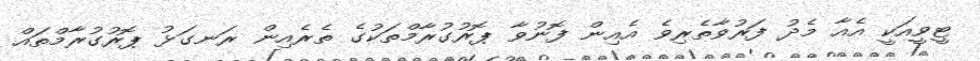
ޓީވީއަކީ އެއާ މެދު ފަރުވާތެރިވެ އެއިން ފޮނުވާ ޕޮރުގުރާމްތަކުގެ ތެރެއިން ރަނގަޅު ޕޮރުގުރާމްތައް